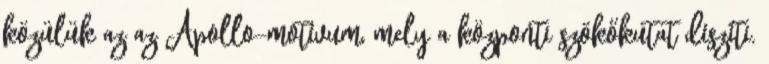
közülük az az Apollo-motívum, mely a központi szökőkutat díszíti.